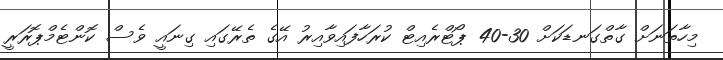
މިހާތަނަށް ގާތްގަނޑަކަށް 30-40 ޕޯޓްރެއިޓް ކުރަހާފައިވާއިރު އޭގެ ތެރޭގައި ގިނައީ ވެސް ކޮންޓެމްޕޮރަރީ